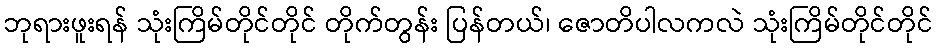
ဘုရားဖူးရန် သုံးကြိမ်တိုင်တိုင် တိုက်တွန်း ပြန်တယ်၊ ဇောတိပါလကလဲ သုံးကြိမ်တိုင်တိုင်